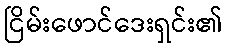
ငြိမ်းဖောင်ဒေးရှင်း၏